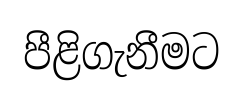
පීළිගැනීමට